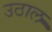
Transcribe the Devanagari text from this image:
उठाल